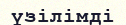
үзілімді